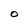
Character: O